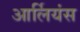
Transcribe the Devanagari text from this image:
आर्लियंस